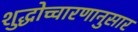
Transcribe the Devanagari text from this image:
शुद्धोच्चारणानुसार